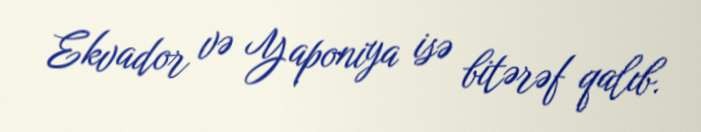
Ekvador və Yaponiya isə bitərəf qalıb.